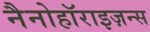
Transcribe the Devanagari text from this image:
नैनोहॉराइज़न्स